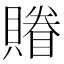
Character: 𧷬